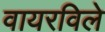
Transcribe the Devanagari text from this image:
वायरविले